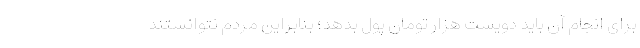
برای انجام آن باید دویست هزار تومان پول بدهد؛ بنابراین مردم نتوانستند